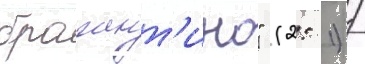
брагант'ино" (2: 1) /